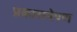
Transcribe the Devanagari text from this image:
प्रकारानेपण